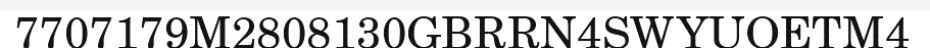
7707179M2808130GBRRN4SWYUOETM4